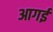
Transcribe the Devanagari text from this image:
आगई